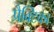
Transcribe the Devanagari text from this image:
प्रैक्टिका